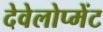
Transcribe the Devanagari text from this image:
देवेलोप्मेंट